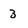
Character: 3